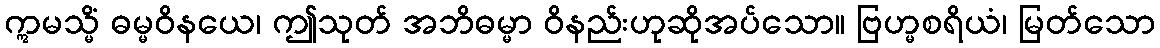
ဣမသ္မိံ ဓမ္မဝိနယေ၊ ဤသုတ် အဘိဓမ္မာ ဝိနည်းဟုဆိုအပ်သော။ ဗြဟ္မစရိယံ၊ မြတ်သော